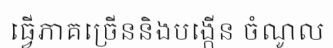
ធ្វើភាគច្រើននិងបង្កើន ចំណូល